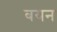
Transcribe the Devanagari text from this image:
बयन